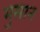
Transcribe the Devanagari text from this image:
मुसान